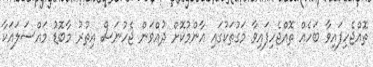
ތޮއްޖެހިފައިވާ ބަހެއް ތޮއްޖެހިފައިވާ މަގުތަކުގައި އާންމުކޮށް ދުއްވަން ޖެހުނަސް އިތުރު މާބޮޑު މައްސަލައަކާ